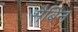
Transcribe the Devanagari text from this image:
सैबिन